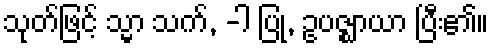
သုတ်ဖြင့် သ္မာ သက်, -ါ ပြု, ဥပဇ္ဈာယာ ပြီး၏။